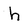
Character: h